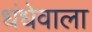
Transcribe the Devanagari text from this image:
धंधेवाला